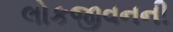
લોકજીવનની